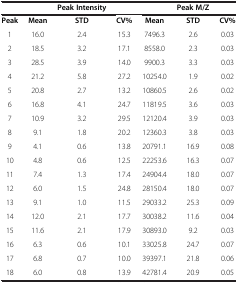
<table><thead><tr><td><b> </b></td><td><b> </b></td><td><b>Peak Intensity</b></td><td><b> </b></td><td><b> </b></td><td><b>Peak M/Z</b></td><td><b> </b></td></tr></thead><tbody><tr><td><b>Peak</b></td><td><b>Mean</b></td><td><b>STD</b></td><td><b>CV%</b></td><td><b>Mean</b></td><td><b>STD</b></td><td><b>CV%</b></td></tr><tr><td>1</td><td>16.0</td><td>2.4</td><td>15.3</td><td>7496.3</td><td>2.6</td><td>0.03</td></tr><tr><td>2</td><td>18.5</td><td>3.2</td><td>17.1</td><td>8558.0</td><td>2.3</td><td>0.03</td></tr><tr><td>3</td><td>28.5</td><td>3.9</td><td>14.0</td><td>9900.3</td><td>3.3</td><td>0.03</td></tr><tr><td>4</td><td>21.2</td><td>5.8</td><td>27.2</td><td>10254.0</td><td>1.9</td><td>0.02</td></tr><tr><td>5</td><td>20.8</td><td>2.7</td><td>13.2</td><td>10860.5</td><td>2.6</td><td>0.02</td></tr><tr><td>6</td><td>16.8</td><td>4.1</td><td>24.7</td><td>11819.5</td><td>3.6</td><td>0.03</td></tr><tr><td>7</td><td>10.9</td><td>3.2</td><td>29.5</td><td>12120.4</td><td>3.9</td><td>0.03</td></tr><tr><td>8</td><td>9.1</td><td>1.8</td><td>20.2</td><td>12360.3</td><td>3.8</td><td>0.03</td></tr><tr><td>9</td><td>4.1</td><td>0.6</td><td>13.8</td><td>20791.1</td><td>16.9</td><td>0.08</td></tr><tr><td>10</td><td>4.8</td><td>0.6</td><td>12.5</td><td>22253.6</td><td>16.3</td><td>0.07</td></tr><tr><td>11</td><td>7.4</td><td>1.3</td><td>17.4</td><td>24904.4</td><td>18.0</td><td>0.07</td></tr><tr><td>12</td><td>6.0</td><td>1.5</td><td>24.8</td><td>28150.4</td><td>18.0</td><td>0.07</td></tr><tr><td>13</td><td>9.1</td><td>1.0</td><td>11.5</td><td>29033.2</td><td>25.3</td><td>0.09</td></tr><tr><td>14</td><td>12.0</td><td>2.1</td><td>17.7</td><td>30038.2</td><td>11.6</td><td>0.04</td></tr><tr><td>15</td><td>11.6</td><td>2.1</td><td>17.9</td><td>30893.0</td><td>9.2</td><td>0.03</td></tr><tr><td>16</td><td>6.3</td><td>0.6</td><td>10.1</td><td>33025.8</td><td>24.7</td><td>0.07</td></tr><tr><td>17</td><td>6.8</td><td>0.7</td><td>10.0</td><td>39397.1</td><td>21.8</td><td>0.06</td></tr><tr><td>18</td><td>6.0</td><td>0.8</td><td>13.9</td><td>42781.4</td><td>20.9</td><td>0.05</td></tr></tbody></table>